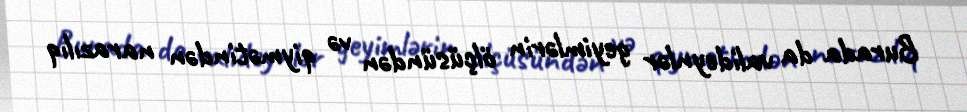
Burada da valideynlər geyimlərin ölçüsündən və qiymətindən narazılıq